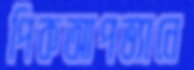
পিকআপভ্যানে